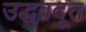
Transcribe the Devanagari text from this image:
उद्धवदूत